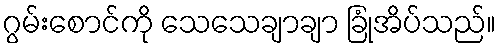
ဂွမ်းစောင်ကို သေသေချာချာ ခြုံအိပ်သည်။